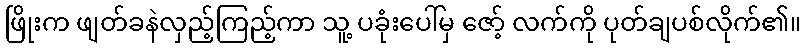
ဖြိုးက ဖျတ်ခနဲလှည့်ကြည့်ကာ သူ့ ပခုံးပေါ်မှ ဇော့် လက်ကို ပုတ်ချပစ်လိုက်၏။